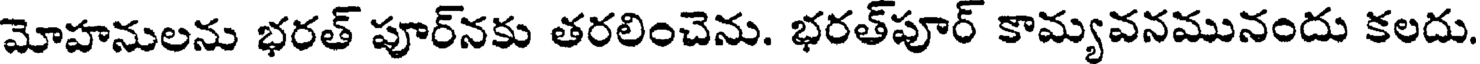
మోహనులను భరత్ పూర్నకు తరలించెను. భరత్పూర్ కామ్యవనమునందు కలదు